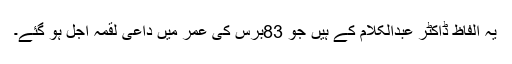
یہ الفاظ ڈاکٹر عبدالکلام کے ہیں جو 83برس کی عمر میں داعی لقمہ اجل ہو گئے۔